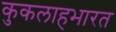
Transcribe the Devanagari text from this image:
कुकलाहभारत